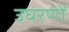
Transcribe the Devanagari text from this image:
उघरणों